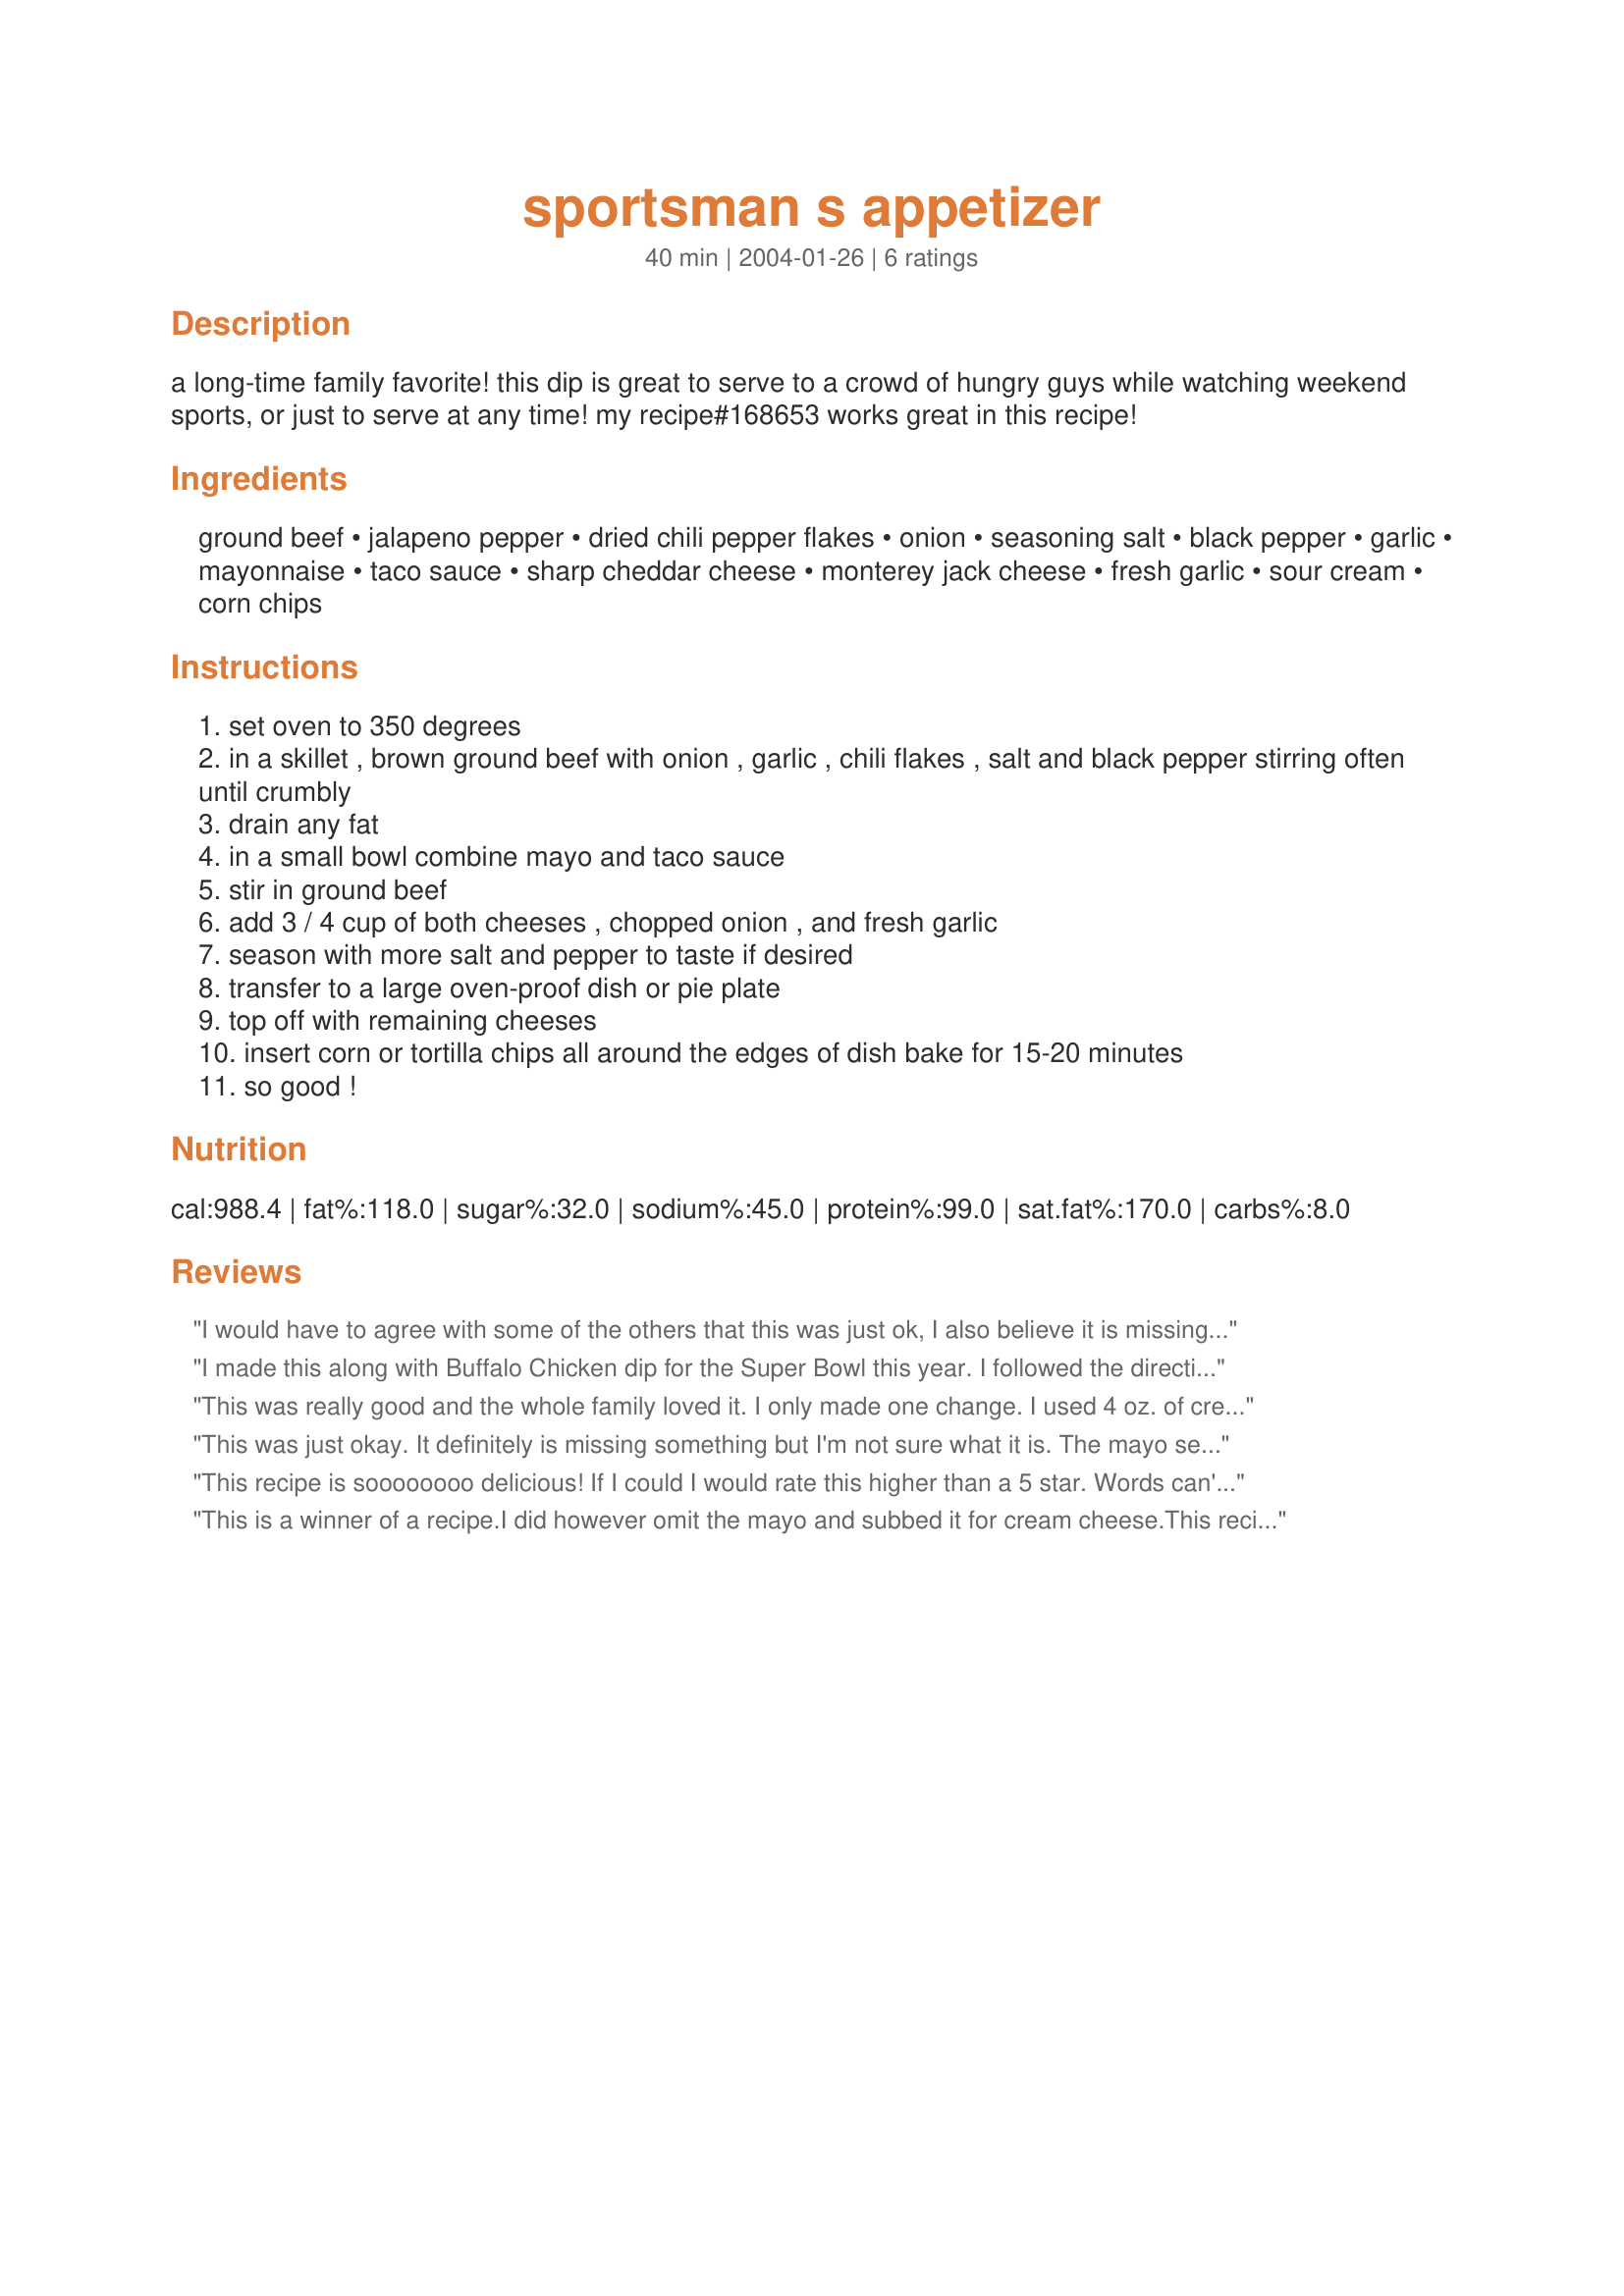
sportsman s appetizer
Preparation time: 40 minutes

a long-time family favorite! this dip is great to serve to a crowd of hungry guys while watching weekend sports, or just to serve at any time! my recipe#168653 works great in this recipe!

Ingredients:
ground beef, jalapeno pepper, dried chili pepper flakes, onion, seasoning salt, black pepper, garlic, mayonnaise, taco sauce, sharp cheddar cheese, monterey jack cheese, fresh garlic, sour cream, corn chips

Steps:
set oven to 350 degrees
in a skillet , brown ground beef with onion , garlic , chili flakes , salt and black pepper stirring often until crumbly
drain any fat
in a small bowl combine mayo and taco sauce
stir in ground beef
add 3 / 4 cup of both cheeses , chopped onion , and fresh garlic
season with more salt and pepper to taste if desired
transfer to a large oven-proof dish or pie plate
top off with remaining cheeses
insert corn or tortilla chips all around the edges of dish bake for 15-20 minutes
so good !

Reviews:
I would have to agree with some of the others that this was just ok, I also believe it is missing something. The only thing I did n ot add was the jalapeno pepper and I also used enchilada sauce instead of taco sauce. Maybe it's the salad dressing, I am just not sure. Sorry that this didn't mix with our taste buds.
I made this along with Buffalo Chicken dip for the Super Bowl this year. 

I followed the directions exactly. It turned out fantastic. It was very cheesy, but it was missing a little zip. I am definitely going to make this one again, but I think I will add some more taco spices.
This was really good and the whole family loved it. I only made one change. I used 4 oz. of cream cheese instead of the mayonnaise. I felt the mayo would make it taste too tangy. I took Marsha D's advice and used Recipe #34167 for the taco sauce. I sprinkled more fresh chopped jalapenos on top before baking and omitted the sour cream. This was a wonderful, filling dip that I will make again. Thanks for posting!
This was just okay. It definitely is missing something but I'm not sure what it is. The mayo seems to overpower it.
This recipe is soooooooo delicious! If I could I would rate this higher than a 5 star. Words can't describe how delicious this recipe was. I used recipe#34167 for the taco sauce cause I had no store brand here. I did halved the recipe cause it was just DH and I, and before I knew it my DH finished off the last bowl I had made for our christmas day dinner tomorrow. The recipe was very easy to make and one that will be make many,many times in the future. Thanks so much for sharing this outstanding recipe.
This is a winner of a recipe.I did however omit the mayo and subbed it for cream cheese.This recipe is off the charts..... delish.

 Thanks.....PJ
